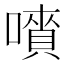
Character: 𡀅